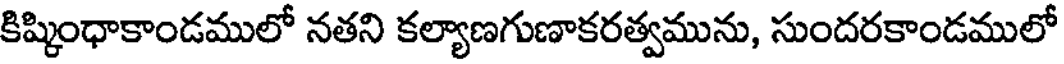
కిష్కింధాకాండములో నతని కల్యాణగుణాకరత్వమును, సుందరకాండములో